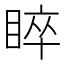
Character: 睟